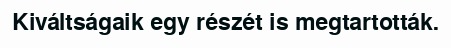
Kiváltságaik egy részét is megtartották.